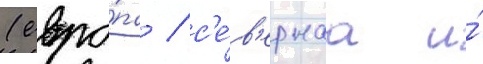
(евро́па / с'е́в'ернаа и́